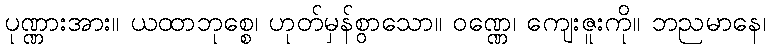
ပုဏ္ဏားအား။ ယထာဘုစ္စေ၊ ဟုတ်မှန်စွာသော။ ဝဏ္ဏေ၊ ကျေးဇူးကို။ ဘညမာနေ၊